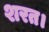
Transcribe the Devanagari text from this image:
शरत।